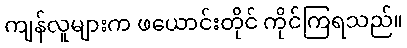
ကျန်လူများက ဖယောင်းတိုင် ကိုင်ကြရသည်။